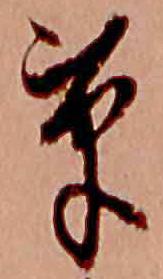
草